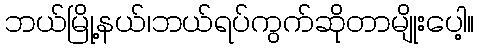
ဘယ်မြို့နယ်၊ဘယ်ရပ်ကွက်ဆိုတာမျိုးပေါ့။